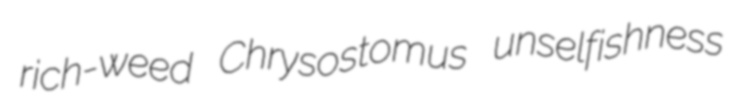
rich-weed Chrysostomus unselfishness